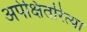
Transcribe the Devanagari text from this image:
अपेक्षितरित्या